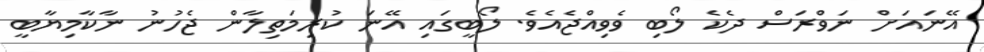
އޭނައަށް ނަވްރަސް ދެކެ ލޯބި ވެވިއްޖެއެވެ. ލޯބީގައި އޭނަ ކުރިމަތިލާން ޖެހުނު ނާކާމިޔާބީ